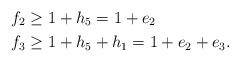
LaTeX: \begin{align*} f_2&\ge 1+h_5=1+e_2 \quad\\ f_3&\ge 1+h_5+h_1=1+e_2+e_3. \end{align*}